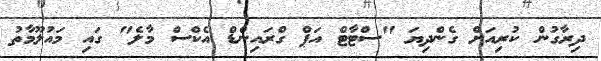
ދިރާގުން ކުރިއަށް ގެންދިޔަ "ސްޓާޓް އަޕް ގްރައިންޑް އެކްސް މާލެ" ގައި މައުލޫމާތު